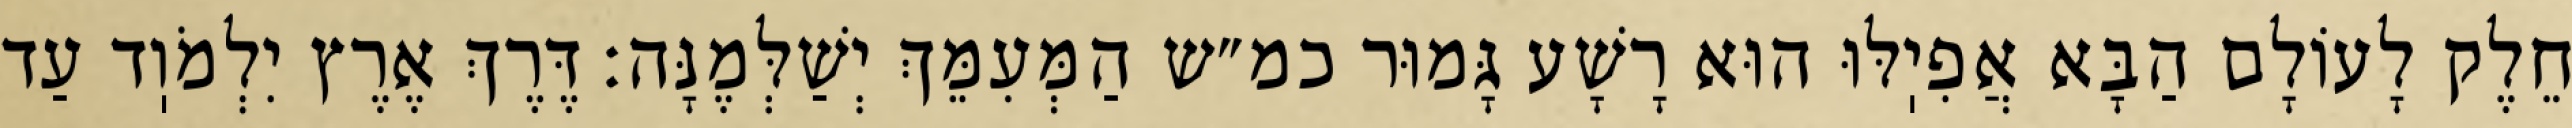
חֵלֶק לָעוֹלָם הַבָּא אֲפִיֽלּוּ הוּא רָשָׁע גָּמוּר כמ״ש הַמְּעִמֵּךְ יְשַׁלְּמֶנָּה: דֶּרֶךְ אֶרֶץ יִלְמֹוֽד עַד